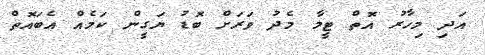
އަދި މިހާރު އޮތް ޓީމާ މެދު ވަރަށް ބޮޑު ޔަގީން ކަމެއް އެބައޮތް